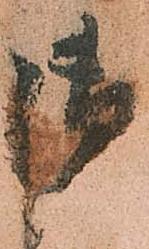
御